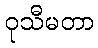
ဝုသီမတာ